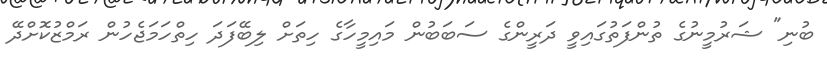
ބުނި" ޝަރުމީނުގެ ތުންފަތުގައިވީ ދަރީންގެ ސަބަބުން މައިމީހާގެ ހިތަށް ލިބޭފަދަ ހިތްހަމަޖެހުން ރަމްޒުކޮށްދޭ